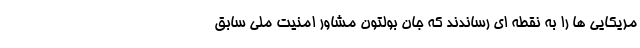
مریکایی ها را به نقطه ای رساندند که جان بولتون مشاور امنیت ملی سابق